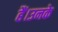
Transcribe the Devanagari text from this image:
हैं।उनके